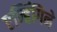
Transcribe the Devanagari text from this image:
एन्हिंगिने